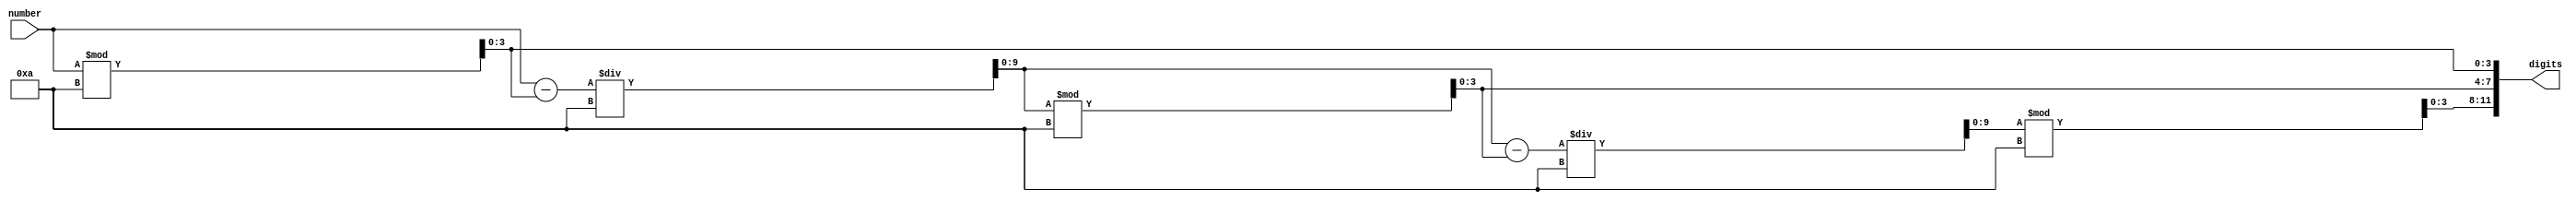
`timescale 1ns / 1ps
//////////////////////////////////////////////////////////////////////////////////
// Company: 
// Engineer: 
// 
// Design Name: 
// Module Name: num_to_dig
// Project Name: 
// Target Devices: 
// Tool Versions: 
// Description: 
// 
// Dependencies: 
// 
// Revision:
// Revision 0.01 - File Created
// Additional Comments:
// 
//////////////////////////////////////////////////////////////////////////////////


module num_to_dig(
    input wire [9:0] number,
    
    output wire [11:0] digits
    );
    
    integer n;
    reg [9:0] num_reg;
    reg [3:0] units, tens, hundreds;

    always @(number) begin
        //digits = 12'b0;
        num_reg = number;
        units = 'b0;
        tens = 'b0;
        hundreds = 'b0;        

        units = num_reg%'d10;
        num_reg = num_reg - units;
        num_reg = num_reg/'d10;
        
        tens = num_reg%'d10;
        num_reg = num_reg - tens;
        num_reg = num_reg/'d10;
        
        hundreds = num_reg%'d10;       
    end
    
    assign digits[3:0] = units;
    assign digits[7:4] = tens;
    assign digits[11:8] = hundreds;
    
endmodule